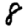
Digit: 8